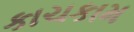
કાચકામ